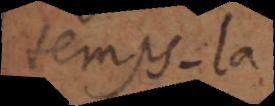
temps‐